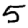
Digit: 5